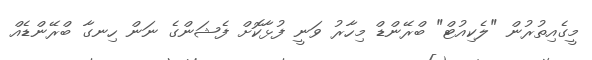
މީގެއިތުރުން "ލެކިއުޓް" ބްރޭންޑް މިހާރު ވަނީ ފުޅާކޮށް ފެޝަންގެ ނަން ހިނގާ ބްރޭންޑެއް